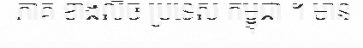
ភាគ ខាងលិច ប្រទេស កម្ពុជា ។ មាន